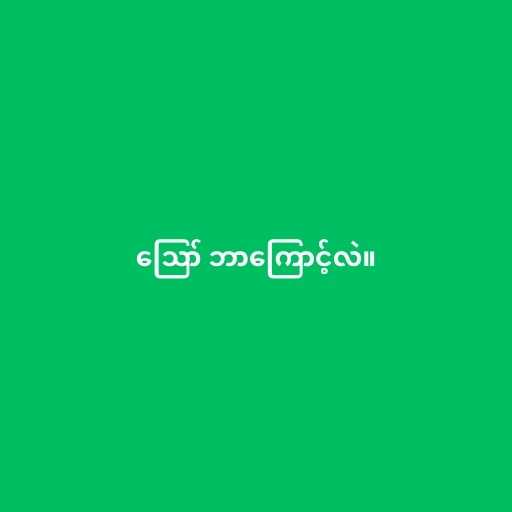
ဪ ဘာကြောင့်လဲ။